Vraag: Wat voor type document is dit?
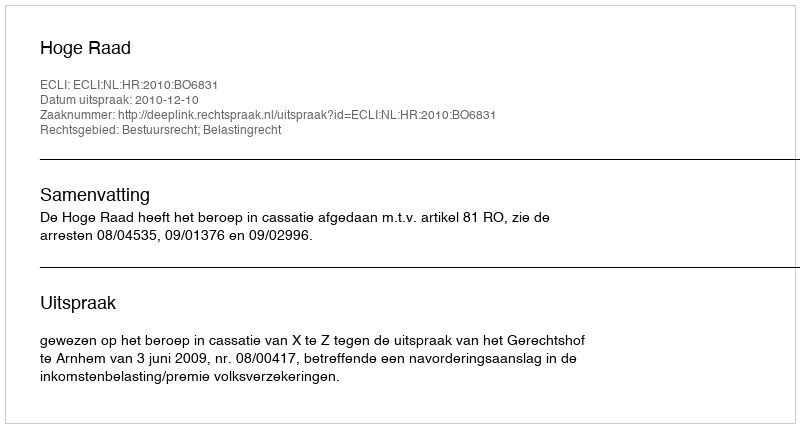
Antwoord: Uitspraak